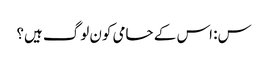
س: اس کے حامی کون لوگ ہیں؟